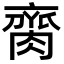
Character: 䐡